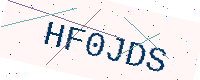
Text: HF0JDS